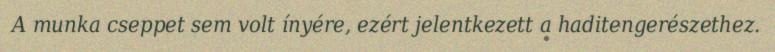
A munka cseppet sem volt ínyére, ezért jelentkezett a haditengerészethez.